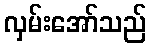
လှမ်းအော်သည်